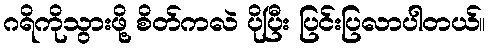
ဂရိကိုသွားဖို့ စိတ်ကလဲ ပိုပြီး ပြင်းပြလာပါတယ်။